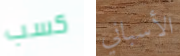
كسب الأسباني